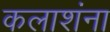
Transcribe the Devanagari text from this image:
कलाशंना